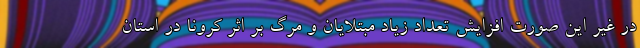
در غیر این صورت افزایش تعداد زیاد مبتلایان و مرگ بر اثر کرونا در استان